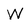
Character: W